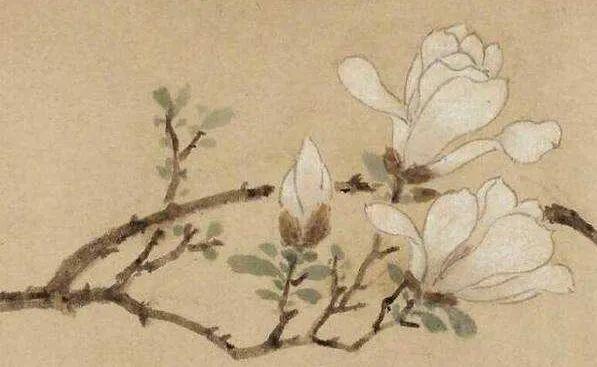
团扇不摇风自举，盈盈翠竹，纤纤白苎，不受些儿暑。